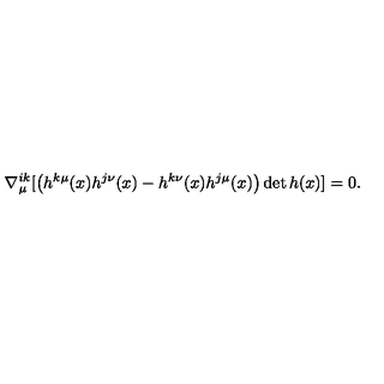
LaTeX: \nabla _ { \mu } ^ { i k } [ \left( h ^ { k \mu } ( x ) h ^ { j \nu } ( x ) - h ^ { k \nu } ( x ) h ^ { j \mu } ( x ) \right) \det h ( x ) ] = 0 .